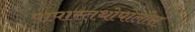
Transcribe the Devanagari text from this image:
पापास्तथोपोलोस